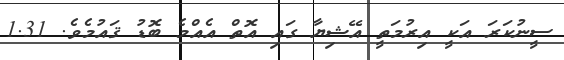
ސީނުކަރަ އަކީ އިރުމަތީ އޭޝިޔާ ގައި އޮތް އެއްމެ ބޮޑު ޤައުމެވެ. 1.31